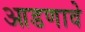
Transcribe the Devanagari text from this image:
आडणावे